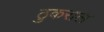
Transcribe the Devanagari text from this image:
ठुकराल